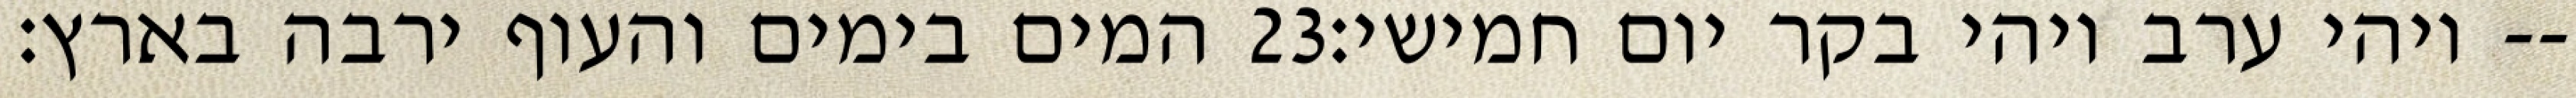
המים בימים והעוף ירבה בארץ׃ ‎23‏ ויהי ערב ויהי בקר יום חמישי׃--